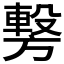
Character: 𭥂